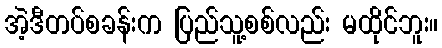
အဲ့ဒီတပ်စခန်းက ပြည်သူ့စစ်လည်း မထိုင်ဘူး။